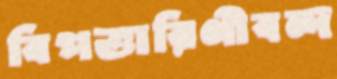
বিপত্তারিণীবন্দ